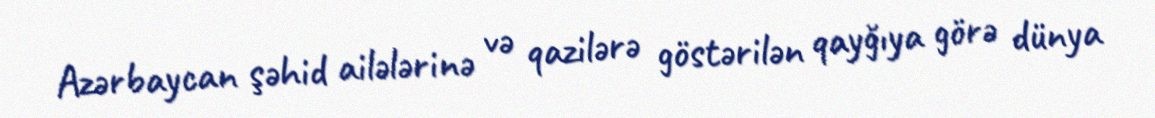
Azərbaycan şəhid ailələrinə və qazilərə göstərilən qayğıya görə dünya